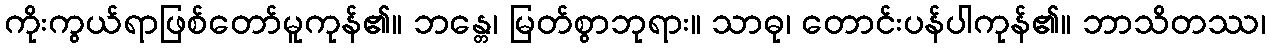
ကိုးကွယ်ရာဖြစ်တော်မူကုန်၏။ ဘန္တေ၊ မြတ်စွာဘုရား။ သာဓု၊ တောင်းပန်ပါကုန်၏။ ဘာသိတဿ၊